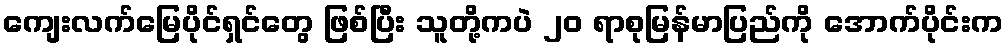
ကျေးလက်မြေပိုင်ရှင်တွေ ဖြစ်ပြီး သူတို့ကပဲ ၂၀ ရာစုမြန်မာပြည်ကို အောက်ပိုင်းက